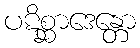
ပဋိစ္ဆာဒေန္တော